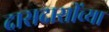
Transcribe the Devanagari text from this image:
दासदासींच्या